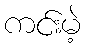
ကင်းမဲ့